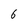
Character: 6